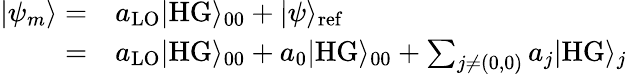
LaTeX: \begin{array}{rl}{|\psi_{m}\rangle=}&{a_{\mathrm{LO}}|\mathrm{HG}\rangle_{00}+|\psi\rangle_{\mathrm{ref}}}\\ {=}&{a_{\mathrm{LO}}|\mathrm{HG}\rangle_{00}+a_{0}|\mathrm{HG}\rangle_{00}+\sum_{j\neq(0,0)}a_{j}|\mathrm{HG}\rangle_{j}}\end{array}